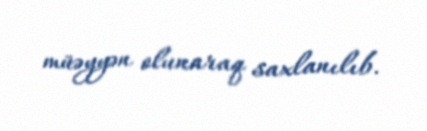
müəyyən olunaraq saxlanılıb.